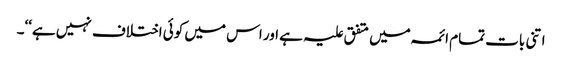
اتنی بات تمام ائمہ میں متفق علیہ ہے اور اس میں کوئی اختلاف نہیں ہے‘‘۔